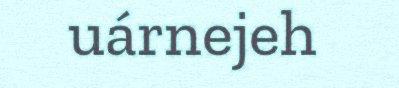
uárnejeh